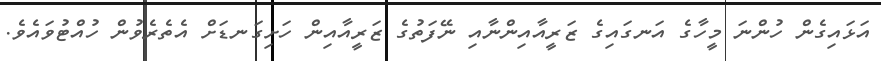
އަޅައިގެން ހުންނަ މީހާގެ އަނގައިގެ ޒަރީއާއިންނާއި ނޭފަތުގެ ޒަރީއާއިން ހަށިގަނޑަށް އެތެރެވުން ހުއްޓުވައެވެ.